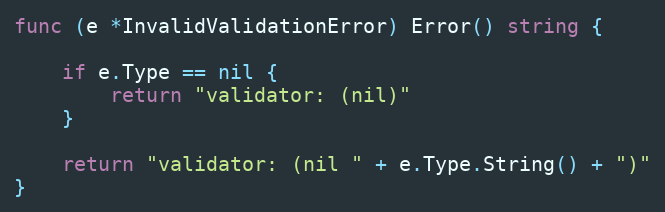
Language: Go
func (e *InvalidValidationError) Error() string {

	if e.Type == nil {
		return "validator: (nil)"
	}

	return "validator: (nil " + e.Type.String() + ")"
}